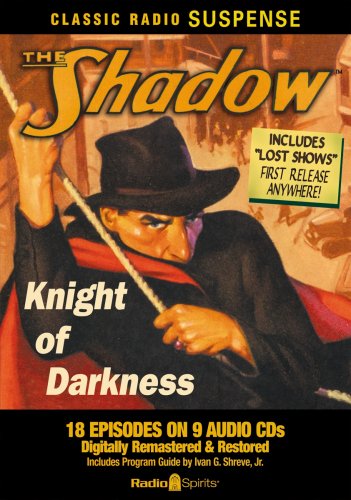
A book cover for The Shadow: Knight of Darkness (Classic Radio Suspense); Original Radio Broadcasts; Humor & Entertainment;